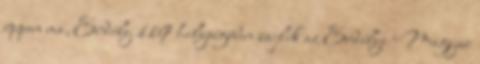
éppen ma, Erdély 119 helységében zajlik az Erdélyi Magyar